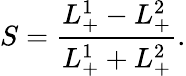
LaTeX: S={\frac{L_{+}^{1}-L_{+}^{2}}{L_{+}^{1}+L_{+}^{2}}}.